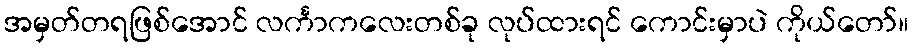
အမှတ်တရဖြစ်အောင် လင်္ကာကလေးတစ်ခု လုပ်ထားရင် ကောင်းမှာပဲ ကိုယ်တော်။